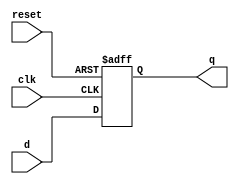
`timescale 1ns / 1ps
//////////////////////////////////////////////////////////////////////////////////
// Company: 
// Engineer: 
// 
// Design Name: 
// Module Name: dff_asyn
// Project Name: 
// Target Devices: 
// Tool Versions: 
// Description: 
// 
// Dependencies: 
// 
// Revision:
// Revision 0.01 - File Created
// Additional Comments:
// 
//////////////////////////////////////////////////////////////////////////////////


module dff_asyn(
    input wire d,
    input wire clk,
    input wire reset,
    output reg q
    );
    always@(posedge clk or negedge reset)begin
        if(!reset)begin
            q<=0;
        end
        else begin
            q<=d;
        end
    end
endmodule